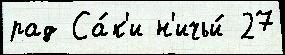
рад Са́к'и н'ичьи́ 27